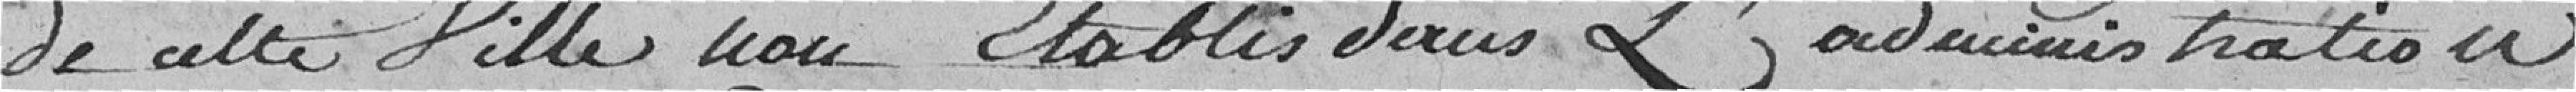
de cette Ville non établis dans l'administration